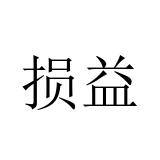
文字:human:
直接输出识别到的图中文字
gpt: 损益